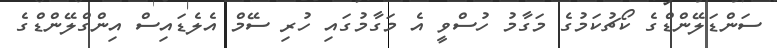
ސަންޑަލޭންޑްގެ ކޯޗުކަމުގެ މަގާމު ހުސްވީ އެ މަގާމުގައި ހުރި ސޭމް އެލެޑައިސް އިންގްލޭންޑްގެ